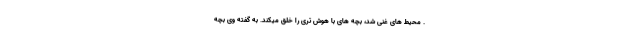
. محیط های غنی شد، بچه های با هوش تری را خلق میکند. به گفته وی بچه